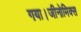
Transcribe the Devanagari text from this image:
गया।जीनोमिक्स